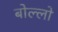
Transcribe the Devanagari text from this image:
बोल्लो